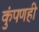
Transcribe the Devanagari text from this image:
कुंपणही